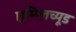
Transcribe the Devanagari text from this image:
एम्प्लिच्यूड